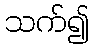
သက်၍